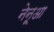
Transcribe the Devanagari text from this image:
नेनूआ